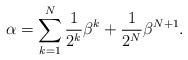
LaTeX: \begin{align*} \alpha = \sum_{k=1}^N \frac{1}{2^k}\beta^k + \frac{1}{2^N}\beta^{N+1}. \end{align*}